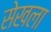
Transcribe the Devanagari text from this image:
सेखला